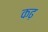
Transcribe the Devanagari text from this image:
कढ़